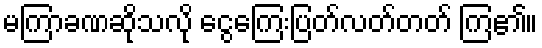
မကြာခဏဆိုသလို ငွေကြေးပြတ်လတ်တတ် ကြ၏။